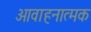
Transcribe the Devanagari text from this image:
आवाहनात्मक